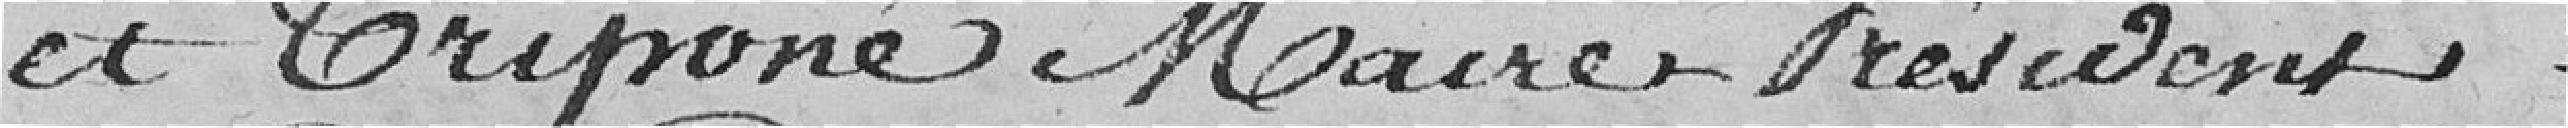
et Criponé Maire-Président